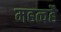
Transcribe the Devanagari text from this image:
महत्वहै